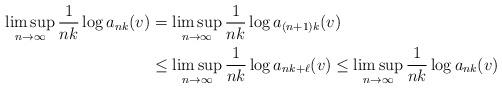
LaTeX: \begin{align*}\limsup_{n \to \infty} \frac{1}{nk}\log a_{nk}(v) &=\limsup_{n \to \infty} \frac{1}{nk}\log a_{(n+1)k}(v)\\& \leq \limsup_{n \to \infty} \frac{1}{nk}\log a_{nk+\ell}(v) \leq \limsup_{n \to \infty} \frac{1}{nk}\log a_{nk}(v)\end{align*}